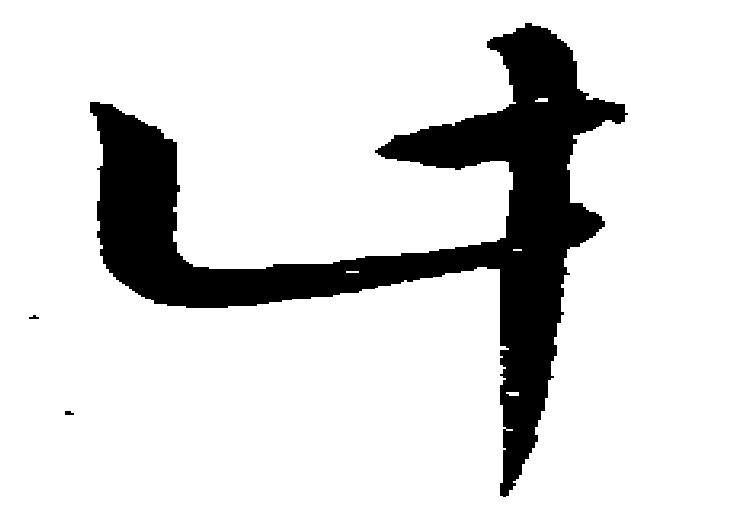
計